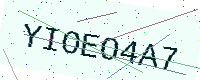
Text: YIOEO4A7